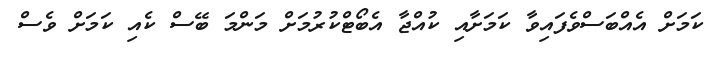
ކަމަށް އެއްބަސްވެފައިވާ ކަމަށާއި ކުއްޖާ އެބޯޓްކުރުމަށް މަންމަ ބޭސް ކެއި ކަމަށް ވެސް